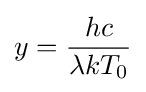
y={\frac {hc}{\lambda kT_{0}}}